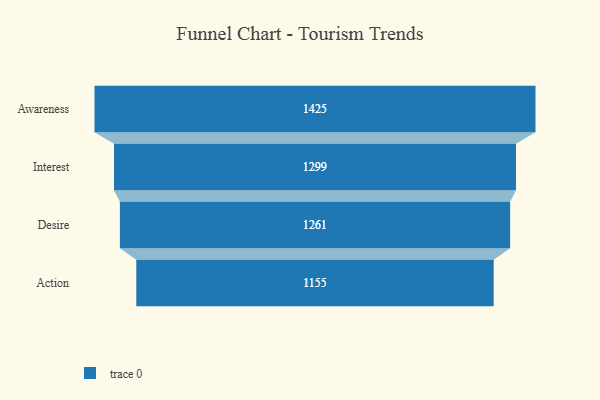
{"axis": {"x": "Stage", "y": "Value"}, "legend": [""], "data": [{"x": "Awareness", "y": 1425.0, "type": ""}, {"x": "Interest", "y": 1299.0, "type": ""}, {"x": "Desire", "y": 1261.0, "type": ""}, {"x": "Action", "y": 1155.0, "type": ""}]}